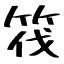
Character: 筏